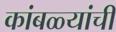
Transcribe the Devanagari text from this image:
कांबळ्यांची